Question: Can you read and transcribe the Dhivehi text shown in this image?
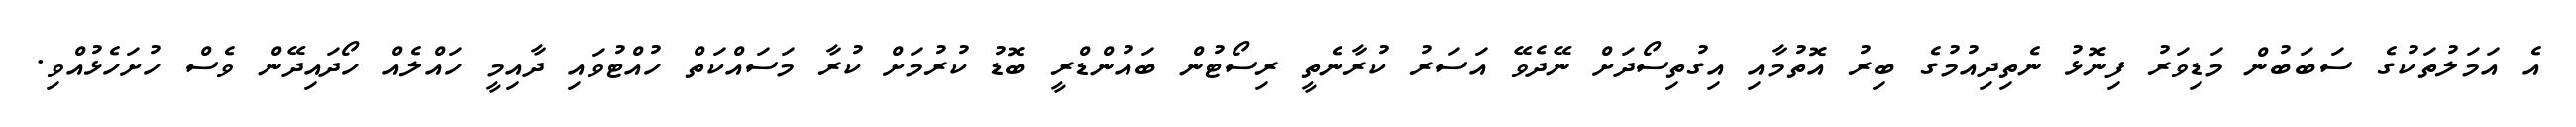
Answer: އެ އަމަލުތަކުގެ ސަބަބުން މަޑިވަރު ފިނޮޅު ނެތިދިއުމުގެ ބިރު އޮތުމާއި އިގުތިސޯދަށް ނޭދެވޭ އަސަރު ކުރާނެތީ ރިސޯޓުން ބައުންޑްރީ ބޮޑު ކުރުމަށް ކުރާ މަސައްކަތް ހުއްޓުވައި ދާއިމީ ހައްލެއް ހޯދައިދޭން ވެސް ހުށަހެޅުއްވި.